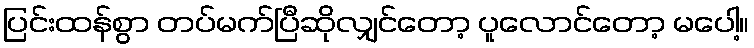
ပြင်းထန်စွာ တပ်မက်ပြီဆိုလျှင်တော့ ပူလောင်တော့ မပေါ့။